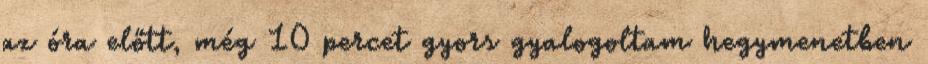
az óra előtt, még 10 percet gyors gyalogoltam hegymenetben